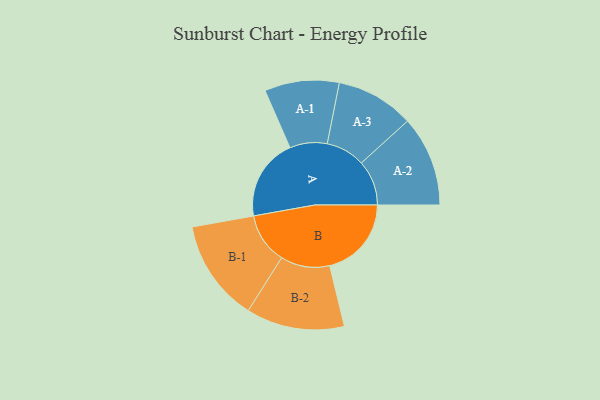
{"axis": {"x": "Segment", "y": "Value"}, "legend": ["", "A", "B"], "data": [{"x": "A", "y": 415, "type": ""}, {"x": "B", "y": 414, "type": ""}, {"x": "A-1", "y": 189, "type": "A"}, {"x": "A-2", "y": 229, "type": "A"}, {"x": "A-3", "y": 198, "type": "A"}, {"x": "B-1", "y": 258, "type": "B"}, {"x": "B-2", "y": 249, "type": "B"}]}